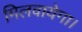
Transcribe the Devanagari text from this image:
मिलवायेगा।